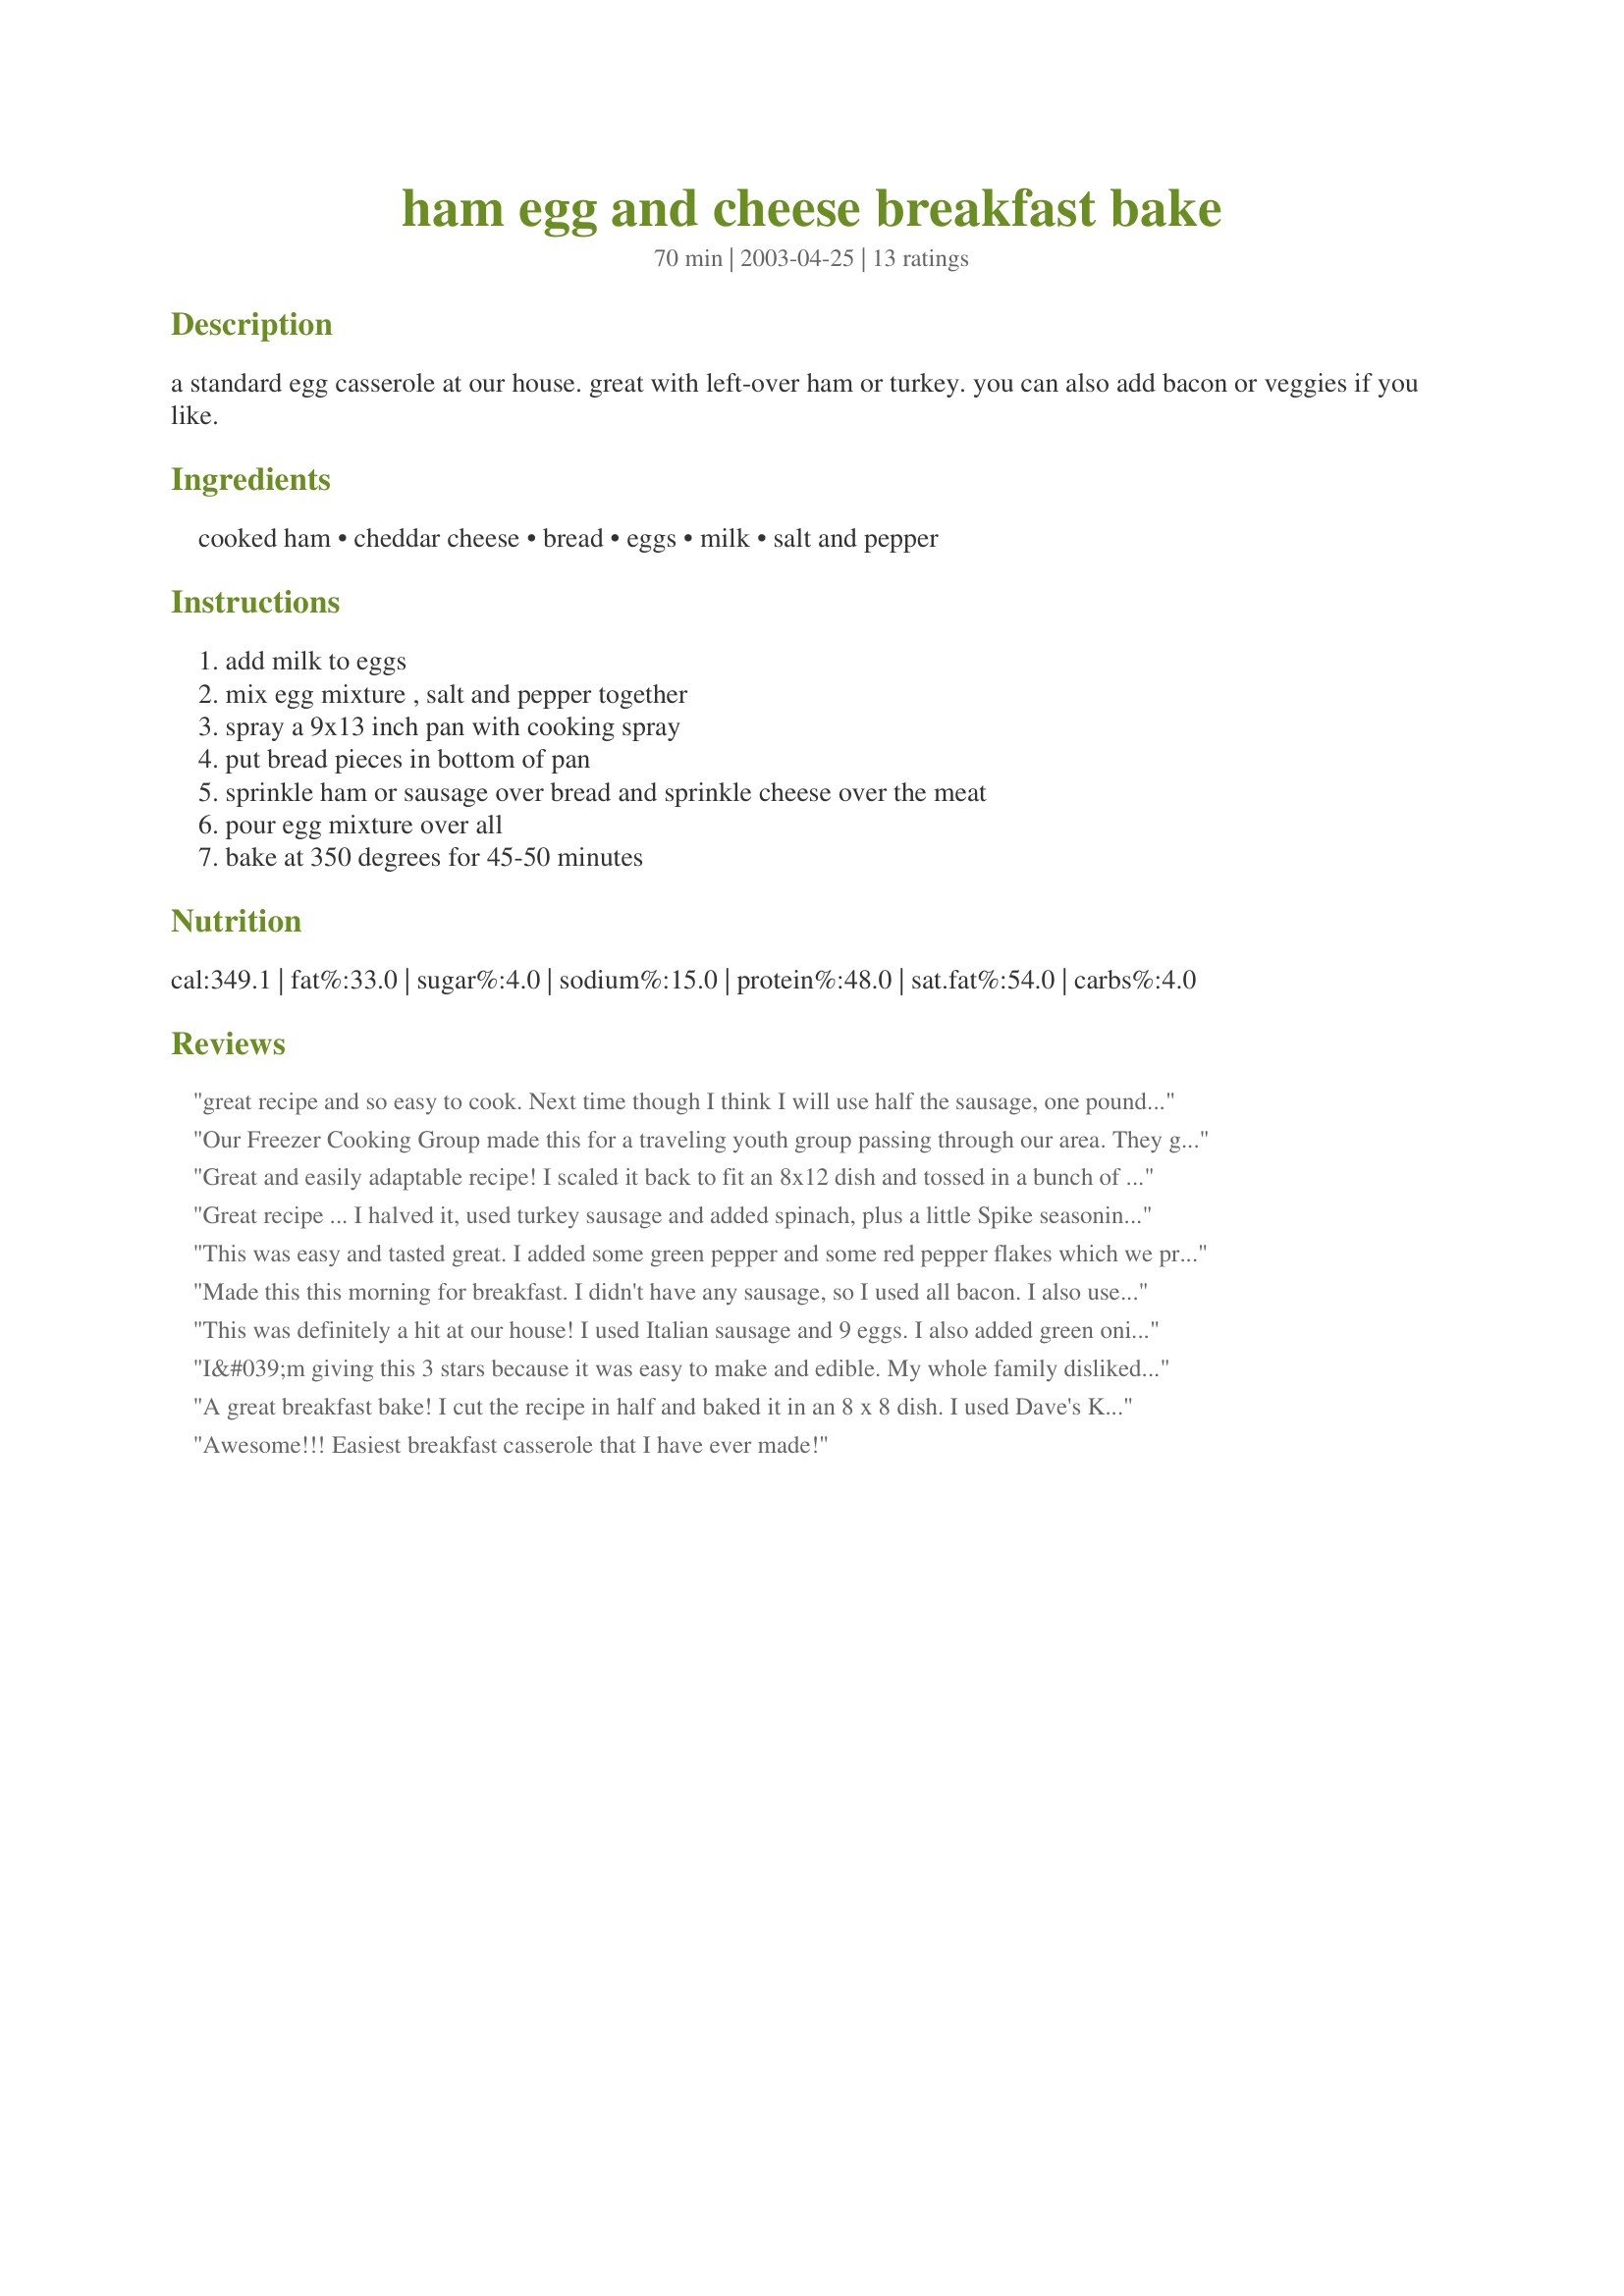
ham egg and cheese breakfast bake
Preparation time: 70 minutes

a standard egg casserole at our house. great with left-over ham or turkey. you can also add bacon or veggies if you like.

Ingredients:
cooked ham, cheddar cheese, bread, eggs, milk, salt and pepper

Steps:
add milk to eggs, mix egg mixture , salt and pepper together, spray a 9x13 inch pan with cooking spray, put bread pieces in bottom of pan, sprinkle ham or sausage over bread and sprinkle cheese over the meat, pour egg mixture over all, bake at 350 degrees for 45-50 minutes

Reviews:
great recipe and so easy to cook. Next time though I think I will use half the sausage, one pound seemed like too much. I also think next time I will add some green peppers to spice it up a bit. Thank you for posting this. I will be making it again.
Our Freezer Cooking Group made this for a traveling youth group passing through our area. They gave rave reviews for the meal!! We made this the day before and then put it in the fridge so they could reheat individual portions as they needed it. Thanks for a great recipe!!
Great and easily adaptable recipe! I scaled it back to fit an 8x12 dish and tossed in a bunch of stuff - green peppers, green onions, corn, black beans, jalapenos, dill... you get the idea. I used to make a sausage bake that had to sit overnight in the fridge, so this is much faster and more convenient. Filling and the guys love it. I used a combination of pepper jack and cheddar cheeses. Thanks for a good one!
Great recipe ... I halved it, used turkey sausage and added spinach, plus a little Spike seasoning to the egg mix. Very flexible recipe, thanks for sharing!
This was easy and tasted great. I added some green pepper and some red pepper flakes which we prefer things a little spicy and it turned out very nice. Love it because we had some left-over ham to use.
Thanks for sharing!
Kep
Made this this morning for breakfast. I didn't have any sausage, so I used all bacon. I also used crusts and heals that I had in the freezer to use them up! Great way to use "scraps" It was delicious! I will definitely make again! My son (7) insisted that he would hate it, but after one taste......he LOVED it! And asked me to make it everyday for breakfast!
This was definitely a hit at our house! I used Italian sausage and 9 eggs. I also added green onions and it was delicious!
I&#039;m giving this 3 stars because it was easy to make and edible. My whole family disliked the soggy bread in it. I halved it to fit in an 8x8. Used ham and 3 sour dough pieces of bread. I put hot sauce on mine.
A great breakfast bake! I cut the recipe in half and baked it in an 8 x 8 dish. I used Dave's Killer Good Seed Bread and put some baby spinach over the ham before adding the cheese and eggs. To the eggs, I added some granulated garlic and red pepper flakes. Thanks for sharing!
Awesome!!! Easiest breakfast casserole that I have ever made!
Excellent and very easy to make...I have been practicing new recipes to use for the Holiday's and this will be one I will be making for my Holiday Brunch along with my apple french toast casserole...Thanks for a great recipe idea....
Easy prep, very good, highly reccomended!
Delicious! I made a few small changes. I added green pepper, used slightly less cheese, and cut up chicken sausage links instead of using ham or ground sausage. Next time I think I will add more veggies such as spinach and maybe hot peppers. Great recipe!!
